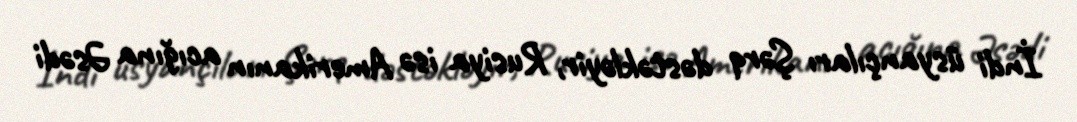
İndi üsyançıları Şərq dəstəkləyir, Rusiya isə Amerikanın acığına Əsədi